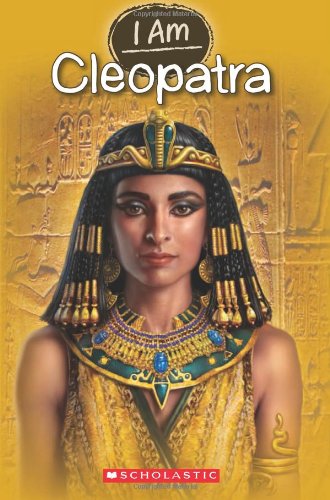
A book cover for I Am #10: Cleopatra; Grace Norwich; Children's Books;